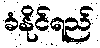
ခံနိုင်ရည်